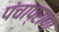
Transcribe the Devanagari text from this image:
पंचाप्राण